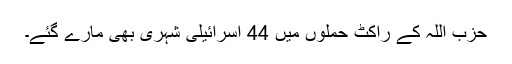
حزب اللہ کے راکٹ حملوں میں 44 اسرائیلی شہری بھی مارے گئے۔